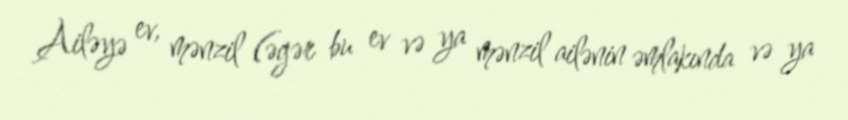
Ailəyə ev, mənzil (əgər bu ev və ya mənzil ailənin əmlakında və ya